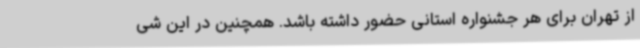
از تهران برای هر جشنواره استانی حضور داشته باشد. همچنین در این شی